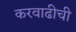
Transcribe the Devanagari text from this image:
करवाढीची